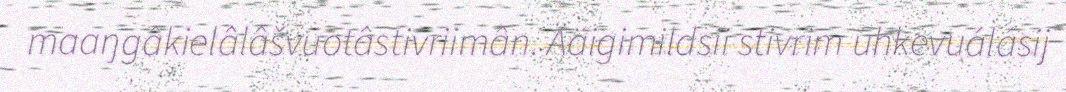
maaŋgâkielâlâšvuotâstivriimân. Ääigimildsii stivrim uhkevuálásij